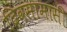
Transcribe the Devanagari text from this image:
दिवसामासी